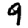
Digit: 9